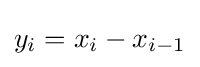
y_{i}=x_{i}-x_{i-1}